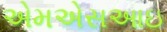
એમએસઆઇ